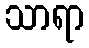
သာရာ